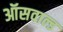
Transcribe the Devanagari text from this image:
ऑसवाल्ड